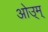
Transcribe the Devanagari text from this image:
ओउ्म्